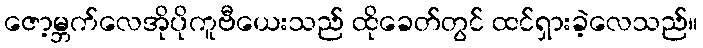
ဇော့မ္ဘက်လေအိုပိုကူဗီယေးသည် ထိုခေတ်တွင် ထင်ရှားခဲ့လေသည်။